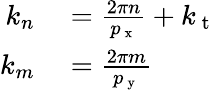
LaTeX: \begin{array}{rl}{k_{n}}&{{}=\frac{2\pi n}{p_{\mathrm{~x~}}}+k_{\mathrm{~t~}}}\\ {k_{m}}&{{}=\frac{2\pi m}{p_{\mathrm{~y~}}}\, }\end{array}